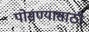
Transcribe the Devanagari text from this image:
पोसण्यासाठी